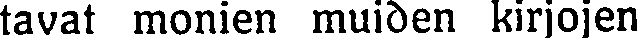
tavat monien muiden kirjojen